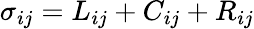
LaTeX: \sigma_{ij}=L_{ij}+C_{ij}+R_{ij}